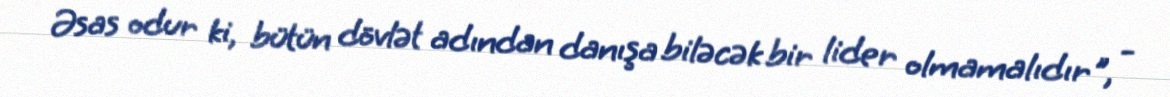
Əsas odur ki, bütün dövlət adından danışa biləcək bir lider olmamalıdır", -